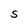
Character: S